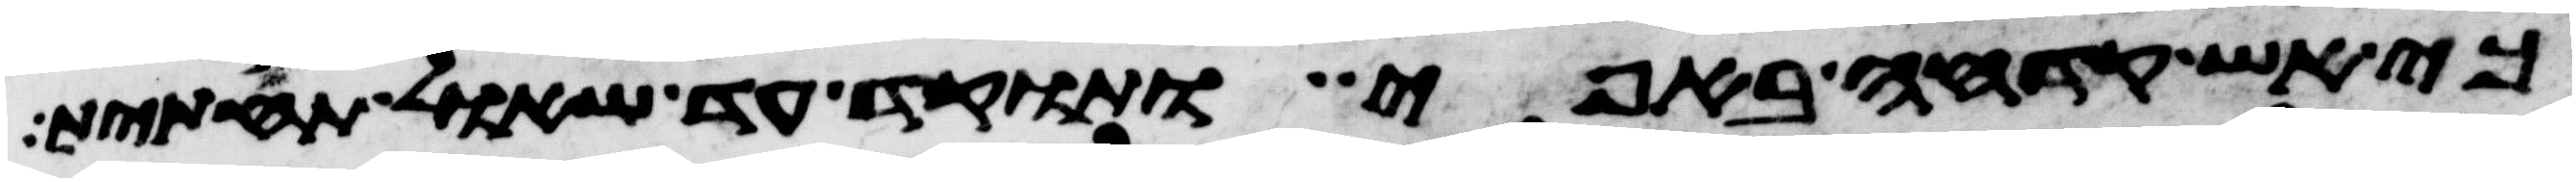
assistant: כי אש קדחה באפי ותוקד עד שאל תחתית